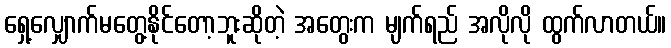
ရှေ့လျှောက်မတွေ့နိုင်တော့ဘူးဆိုတဲ့ အတွေးက မျက်ရည် အလိုလို ထွက်လာတယ်။